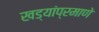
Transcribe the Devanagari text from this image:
खड्यांप्रमाणे